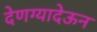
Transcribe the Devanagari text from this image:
देणग्यादेऊन